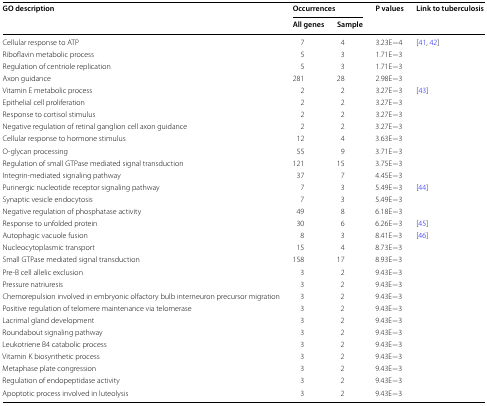
<table><thead><tr><td rowspan="2"><b>GO description</b></td><td colspan="2"><b>Occurrences</b></td><td rowspan="2"><b>P values</b></td><td rowspan="2"><b>Link to tuberculosis</b></td></tr><tr><td><b>All genes</b></td><td><b>Sample</b></td></tr></thead><tbody><tr><td>Cellular response to ATP</td><td>7</td><td>4</td><td>3.23E−4</td><td>[41, 42]</td></tr><tr><td>Riboflavin metabolic process</td><td>5</td><td>3</td><td>1.71E−3</td><td></td></tr><tr><td>Regulation of centriole replication</td><td>5</td><td>3</td><td>1.71E−3</td><td></td></tr><tr><td>Axon guidance</td><td>281</td><td>28</td><td>2.98E−3</td><td></td></tr><tr><td>Vitamin E metabolic process</td><td>2</td><td>2</td><td>3.27E−3</td><td>[43]</td></tr><tr><td>Epithelial cell proliferation</td><td>2</td><td>2</td><td>3.27E−3</td><td></td></tr><tr><td>Response to cortisol stimulus</td><td>2</td><td>2</td><td>3.27E−3</td><td></td></tr><tr><td>Negative regulation of retinal ganglion cell axon guidance</td><td>2</td><td>2</td><td>3.27E−3</td><td></td></tr><tr><td>Cellular response to hormone stimulus</td><td>12</td><td>4</td><td>3.63E−3</td><td></td></tr><tr><td>O-glycan processing</td><td>55</td><td>9</td><td>3.71E−3</td><td></td></tr><tr><td>Regulation of small GTPase mediated signal transduction</td><td>121</td><td>15</td><td>3.75E−3</td><td></td></tr><tr><td>Integrin-mediated signaling pathway</td><td>37</td><td>7</td><td>4.45E−3</td><td></td></tr><tr><td>Purinergic nucleotide receptor signaling pathway</td><td>7</td><td>3</td><td>5.49E−3</td><td>[44]</td></tr><tr><td>Synaptic vesicle endocytosis</td><td>7</td><td>3</td><td>5.49E−3</td><td></td></tr><tr><td>Negative regulation of phosphatase activity</td><td>49</td><td>8</td><td>6.18E−3</td><td></td></tr><tr><td>Response to unfolded protein</td><td>30</td><td>6</td><td>6.26E−3</td><td>[45]</td></tr><tr><td>Autophagic vacuole fusion</td><td>8</td><td>3</td><td>8.41E−3</td><td>[46]</td></tr><tr><td>Nucleocytoplasmic transport</td><td>15</td><td>4</td><td>8.73E−3</td><td></td></tr><tr><td>Small GTPase mediated signal transduction</td><td>158</td><td>17</td><td>8.93E−3</td><td></td></tr><tr><td>Pre-B cell allelic exclusion</td><td>3</td><td>2</td><td>9.43E−3</td><td></td></tr><tr><td>Pressure natriuresis</td><td>3</td><td>2</td><td>9.43E−3</td><td></td></tr><tr><td>Chemorepulsion involved in embryonic olfactory bulb interneuron precursor migration</td><td>3</td><td>2</td><td>9.43E−3</td><td></td></tr><tr><td>Positive regulation of telomere maintenance via telomerase</td><td>3</td><td>2</td><td>9.43E−3</td><td></td></tr><tr><td>Lacrimal gland development</td><td>3</td><td>2</td><td>9.43E−3</td><td></td></tr><tr><td>Roundabout signaling pathway</td><td>3</td><td>2</td><td>9.43E−3</td><td></td></tr><tr><td>Leukotriene B4 catabolic process</td><td>3</td><td>2</td><td>9.43E−3</td><td></td></tr><tr><td>Vitamin K biosynthetic process</td><td>3</td><td>2</td><td>9.43E−3</td><td></td></tr><tr><td>Metaphase plate congression</td><td>3</td><td>2</td><td>9.43E−3</td><td></td></tr><tr><td>Regulation of endopeptidase activity</td><td>3</td><td>2</td><td>9.43E−3</td><td></td></tr><tr><td>Apoptotic process involved in luteolysis</td><td>3</td><td>2</td><td>9.43E−3</td><td></td></tr></tbody></table>